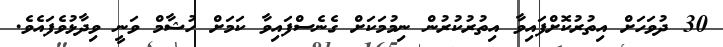
30 ދުވަހަށް އިތުރުކޮށްފައިވާ އިތުރުކުރުން ނިމުމަކަށް ގެނެސްފައިވާ ކަމަށް ހުޝާމް ވަނީ ވިދާޅުވެފައެވެ.